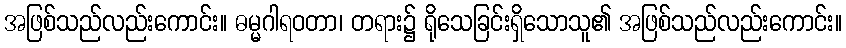
အဖြစ်သည်လည်းကောင်း။ ဓမ္မဂါရဝတာ၊ တရား၌ ရိုသေခြင်းရှိသောသူ၏ အဖြစ်သည်လည်းကောင်း။